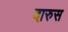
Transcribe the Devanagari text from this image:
दारुस